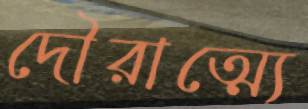
দৌরাত্ম্যে